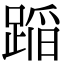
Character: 𨂻